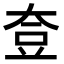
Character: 𡘰